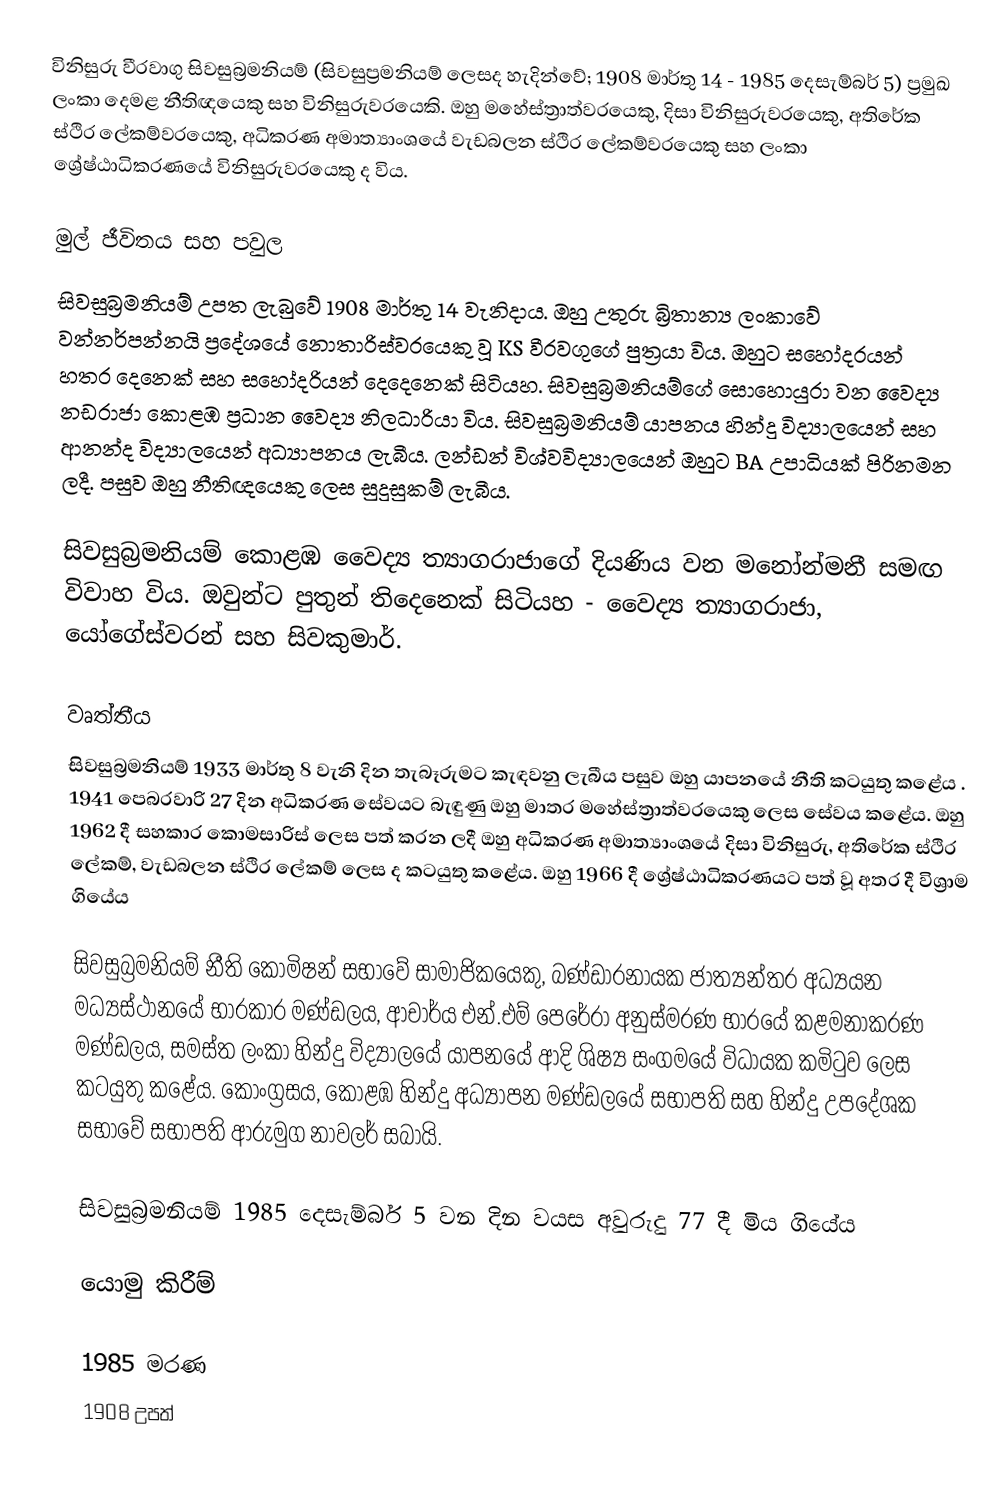
විනිසුරු වීරවාගු සිවසුබ්‍රමනියම් (සිවසුප්‍රමනියම් ලෙසද හැදින්වේ; 1908  මාර්තු 14 - 1985 දෙසැම්බර් 5) ප්‍රමුඛ ලංකා දෙමළ නීතිඥයෙකු සහ විනිසුරුවරයෙකි. ඔහු මහේස්ත්‍රාත්වරයෙකු, දිසා විනිසුරුවරයෙකු, අතිරේක ස්ථිර ලේකම්වරයෙකු, අධිකරණ අමාත්‍යාංශයේ වැඩබලන ස්ථිර ලේකම්වරයෙකු සහ ලංකා ශ්‍රේෂ්ඨාධිකරණයේ විනිසුරුවරයෙකු ද විය.

මුල් ජීවිතය සහ පවුල
සිවසුබ්‍රමනියම් උපත ලැබුවේ 1908 මාර්තු 14 වැනිදාය.    ඔහු උතුරු බ්‍රිතාන්‍ය ලංකාවේ වන්නර්පන්නයි ප්‍රදේශයේ නොතාරිස්වරයෙකු වූ KS වීරවගුගේ පුත්‍රයා විය. ඔහුට සහෝදරයන් හතර දෙනෙක් සහ සහෝදරියන් දෙදෙනෙක් සිටියහ. සිවසුබ්‍රමනියම්ගේ සොහොයුරා වන වෛද්‍ය නඩරාජා කොළඹ ප්‍රධාන වෛද්‍ය නිලධාරියා විය. සිවසුබ්‍රමනියම් යාපනය හින්දු විද්‍යාලයෙන් සහ ආනන්ද විද්‍යාලයෙන් අධ්‍යාපනය ලැබීය.    ලන්ඩන් විශ්වවිද්‍යාලයෙන් ඔහුට BA උපාධියක් පිරිනමන ලදී.   පසුව ඔහු නීතිඥයෙකු ලෙස සුදුසුකම් ලැබීය.

සිවසුබ්‍රමනියම් කොළඹ වෛද්‍ය ත්‍යාගරාජාගේ දියණිය වන මනෝන්මනී සමඟ විවාහ විය. ඔවුන්ට පුතුන් තිදෙනෙක් සිටියහ - වෛද්‍ය ත්‍යාගරාජා, යෝගේස්වරන් සහ සිවකුමාර්.

වෘත්තීය
සිවසුබ්‍රමනියම් 1933 මාර්තු 8 වැනි දින තැබෑරුමට කැඳවනු ලැබීය    පසුව ඔහු යාපනයේ නීති කටයුතු කළේය .    1941 පෙබරවාරි 27 දින අධිකරණ සේවයට බැඳුණු ඔහු මාතර මහේස්ත්‍රාත්වරයෙකු ලෙස සේවය කළේය.    ඔහු 1962 දී සහකාර කොමසාරිස් ලෙස පත් කරන ලදී  ඔහු අධිකරණ අමාත්‍යාංශයේ දිසා විනිසුරු, අතිරේක ස්ථිර ලේකම්, වැඩබලන ස්ථිර ලේකම් ලෙස ද කටයුතු කළේය.    ඔහු 1966 දී ශ්‍රේෂ්ඨාධිකරණයට පත් වූ අතර  දී විශ්‍රාම ගියේය

සිවසුබ්‍රමනියම් නීති කොමිෂන් සභාවේ සාමාජිකයෙකු, බණ්ඩාරනායක ජාත්‍යන්තර අධ්‍යයන මධ්‍යස්ථානයේ භාරකාර මණ්ඩලය, ආචාර්ය එන්.එම් පෙරේරා අනුස්මරණ භාරයේ කළමනාකරණ මණ්ඩලය, සමස්ත ලංකා හින්දු විද්‍යාලයේ යාපනයේ ආදි ශිෂ්‍ය සංගමයේ විධායක කමිටුව ලෙස කටයුතු කළේය. කොංග්‍රසය, කොළඹ හින්දු අධ්‍යාපන මණ්ඩලයේ සභාපති සහ හින්දු උපදේශක සභාවේ සභාපති ආරුමුග නාවලර් සබායි.

සිවසුබ්‍රමනියම් 1985 දෙසැම්බර් 5 වන දින වයස අවුරුදු 77 දී මිය ගියේය

යොමු කිරීම්

1985 මරණ
1908 උපත්